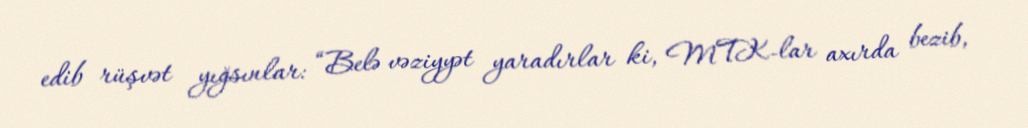
edib rüşvət yığsınlar: “Belə vəziyyət yaradırlar ki, MTK-lar axırda bezib,